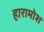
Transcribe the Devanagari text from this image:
हारामोश